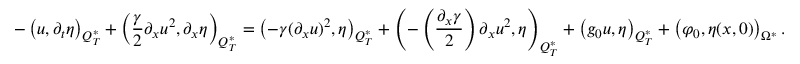
- \left( u , \partial _ { t } \eta \right) _ { Q _ { T } ^ { * } } + \left( \frac { \gamma } { 2 } \partial _ { x } u ^ { 2 } , \partial _ { x } \eta \right) _ { Q _ { T } ^ { * } } = \left( - \gamma ( \partial _ { x } u ) ^ { 2 } , \eta \right) _ { Q _ { T } ^ { * } } + \left( - \left( \frac { \partial _ { x } \gamma } { 2 } \right) \partial _ { x } u ^ { 2 } , \eta \right) _ { Q _ { T } ^ { * } } + \left( g _ { 0 } u , \eta \right) _ { Q _ { T } ^ { * } } + \left( \varphi _ { 0 } , \eta ( x , 0 ) \right) _ { \Omega ^ { * } } .